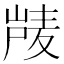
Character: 𰎴